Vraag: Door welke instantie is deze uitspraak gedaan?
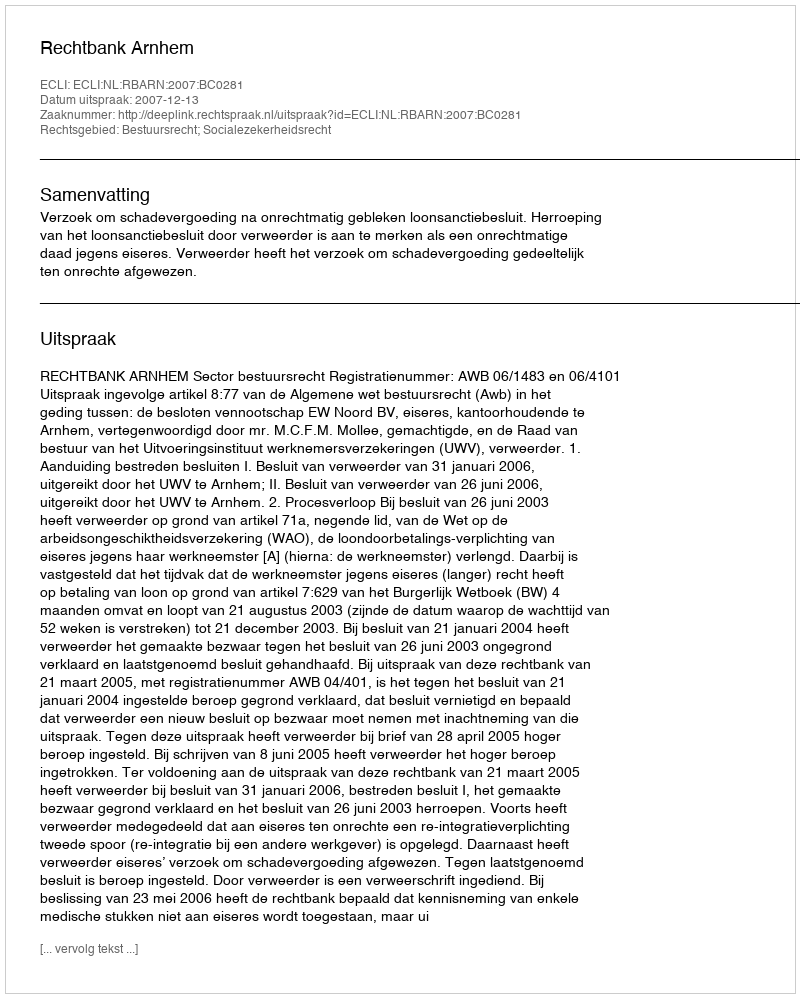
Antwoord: Rechtbank Arnhem